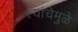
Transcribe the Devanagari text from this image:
त्यांचेमुळे